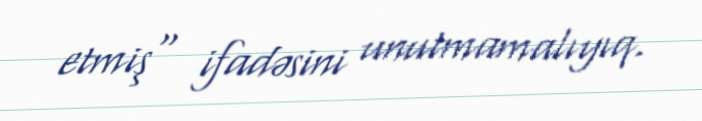
etmiş" ifadəsini unutmamalıyıq.